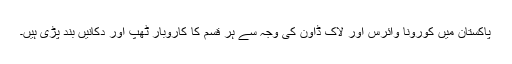
پاکستان میں کورونا وائرس اور لاک ڈاؤن کی وجہ سے ہر قسم کا کاروبار ٹھپ اور دکانیں بند پڑی ہیں۔